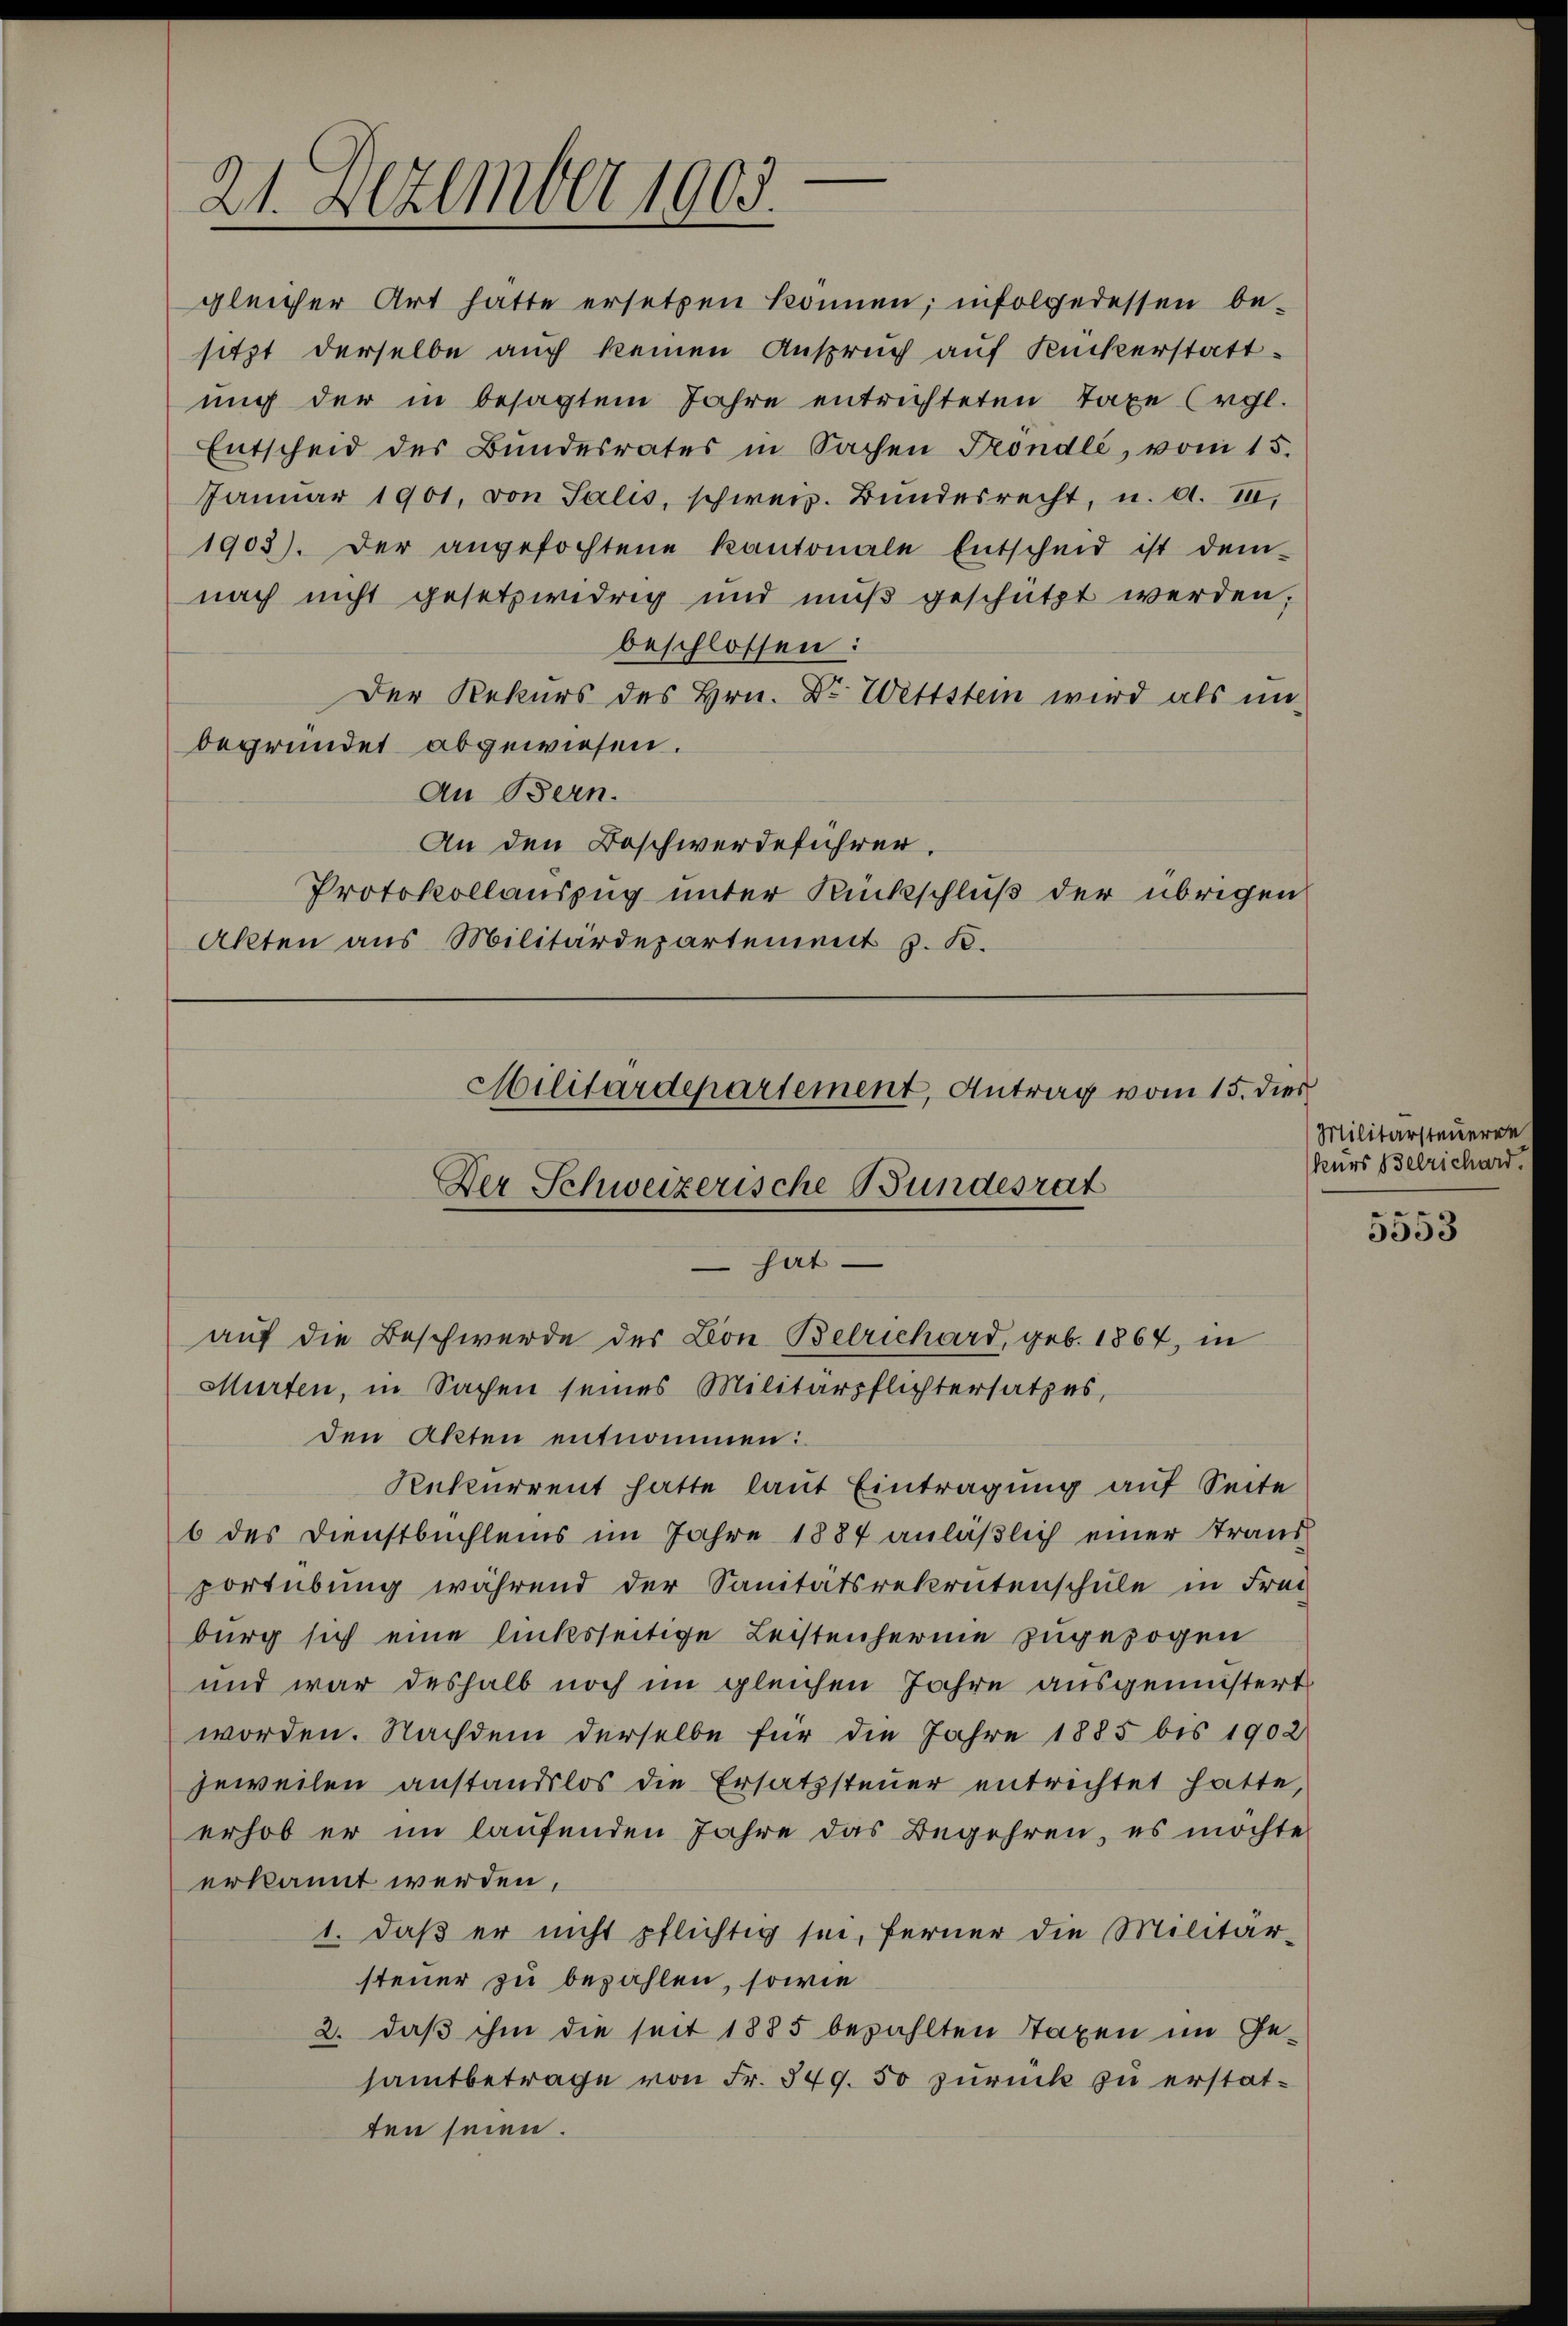
21. Dezember 1905.

gleicher Art hatte ersetzen können; infolgedessen be-
sitzt derselbe auch keinen Anspruch auf Ruckerstattung der in besagtem Jahre entrichteten Taxe (vgl.
Entscheid des Bundesrates in Sachen Frondlé, vom 15.
Januar 1901, von Salis, schweiz. Bundesrecht, u. a. II,
1903). Der angefochtene Kantonale Entscheid ist dem
nach nicht gesetzwidrig und mŭβ geschützt werden,
beschlossen:
Der Rekurs des Hrn. Dr Wettstein wird als unbegründet abgewiesen.
An Bern.
An den Beschwerdeführer.
Protokollauszug unter Rückschluß der übrigen
Akten aus Militärdepartement z. B.

Militärdepartement, Antrag vom 15. dies
Der Schweizerische Bundesrat
hat
auf die Beschwerde des Lon Belrichard, geb. 1864, in

Murten, in Sachen seines Militärpflichtersatzes,
den Akten entnommen:
Rekurrent hatte laut Eintragung auf Seite
6 des Dienstbuchleins im Jahre 1884 anläßlich einer Traus
portübung während der Sanitätsrekrutenschule in Frei
burg sich eine linksseitige Leistenferie zugezogen
und war deshalb noch im gleichen Jahre ausgemeistert
worden. Nachdem derselbe für die Jahre 1885 bis 1902
jeweilen anstandslos die Ersatzsteuer entrichtet hatte,
erhob er im laufenden Jahre das Begehren, es möchte
erkannt werden,
1. daβ er nicht pflichtig sei, ferner die Militär-
steuer zu bezahlen, sowie
2. daß ihm die seit 1885 bezahlten Staxen im Ge-
samtbetrage von Fr. 549. 50 zurück zu erstatten seien.

Militärsteueren
kurs Berichard.

5553